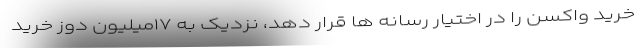
خرید واکسن را در اختیار رسانه ها قرار دهد، نزدیک به ۱۷میلیون دوز خرید